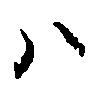
ハ